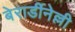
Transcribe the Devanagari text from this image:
बेरार्डीनेल्ली